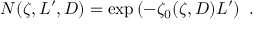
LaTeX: N ( \zeta , L ^ { \prime } , D ) = \exp \left( - \zeta _ { 0 } ( \zeta , D ) L ^ { \prime } \right) \ .